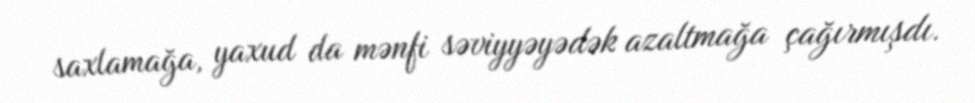
saxlamağa, yaxud da mənfi səviyyəyədək azaltmağa çağırmışdı.